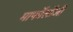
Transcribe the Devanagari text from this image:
मार्फोलॉजी